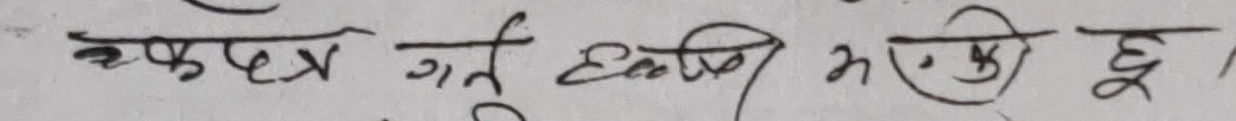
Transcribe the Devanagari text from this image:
कपटले गर्र्दा भएको छू ।